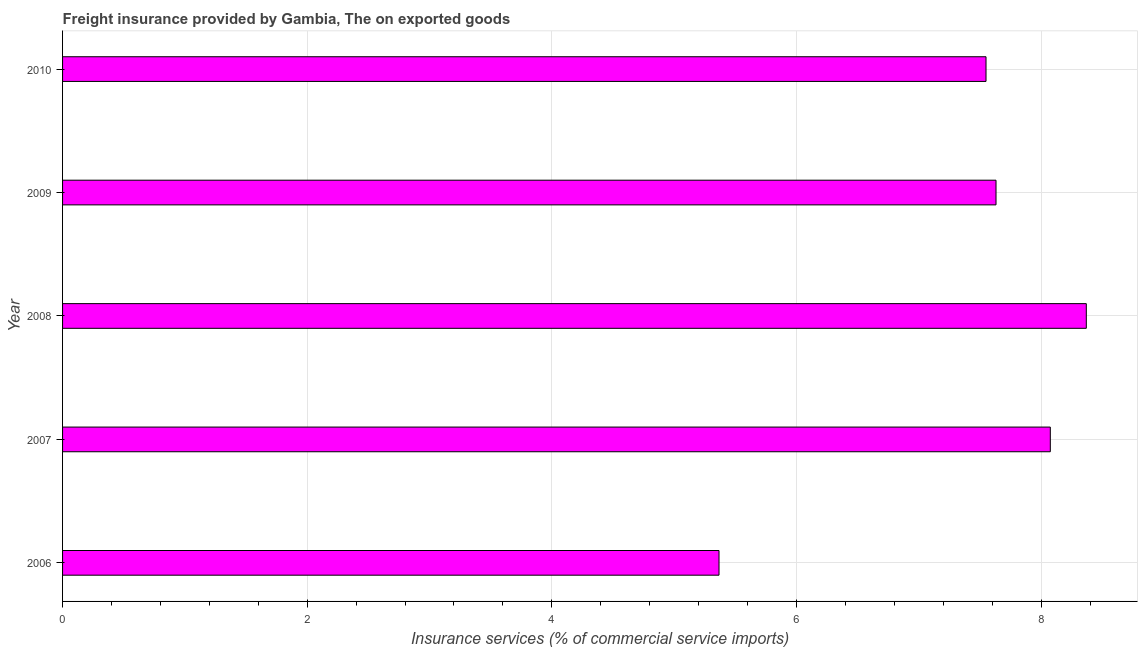
| Year | Insurance and financial services |
 | --- | --- |
 | 2006 | 5.37 |
 | 2007 | 8.08 |
 | 2008 | 8.37 |
 | 2009 | 7.63 |
 | 2010 | 7.55 |